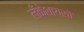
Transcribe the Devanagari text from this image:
लँकेशायरचे